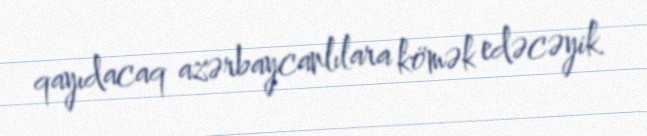
qayıdacaq azərbaycanlılara kömək edəcəyik.